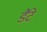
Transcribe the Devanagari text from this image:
डैंटे